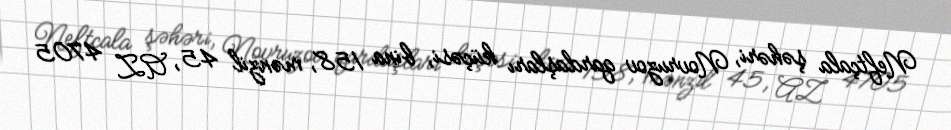
Neftçala şəhəri, Novruzov qardaşları küçəsi, bina 158, mənzil 45, AZ 4705